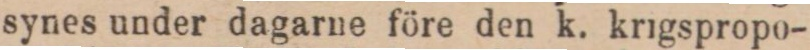
synes under dagarne före den k. krigspropo-